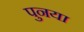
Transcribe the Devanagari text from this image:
पुनया